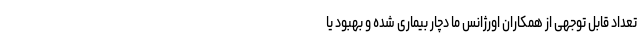
تعداد قابل توجهی از همکاران اورژانس ما دچار بیماری شده و بهبود یا